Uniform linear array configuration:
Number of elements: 24
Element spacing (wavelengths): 1
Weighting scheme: exponential
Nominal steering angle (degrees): -30
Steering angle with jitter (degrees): -30.027
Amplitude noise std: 0.05
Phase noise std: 0.05

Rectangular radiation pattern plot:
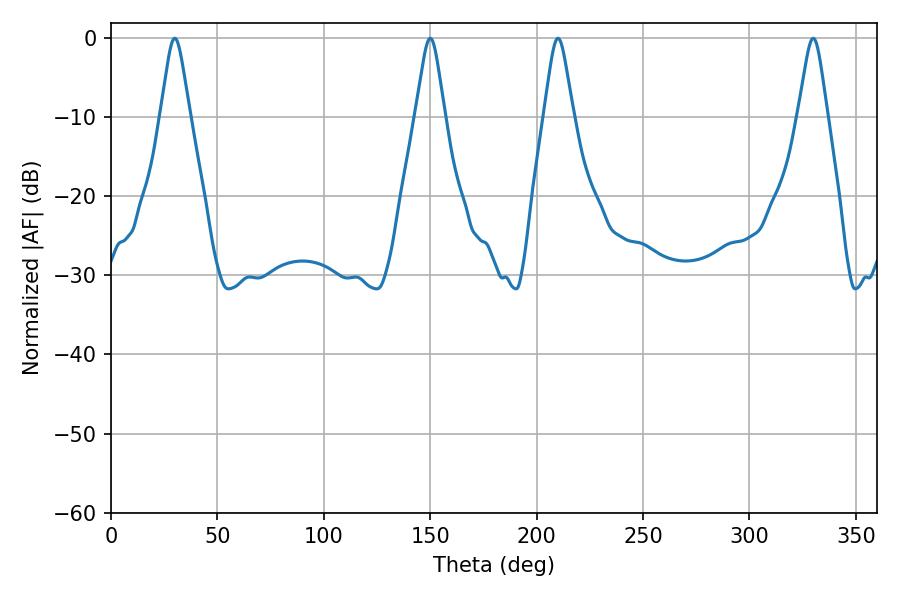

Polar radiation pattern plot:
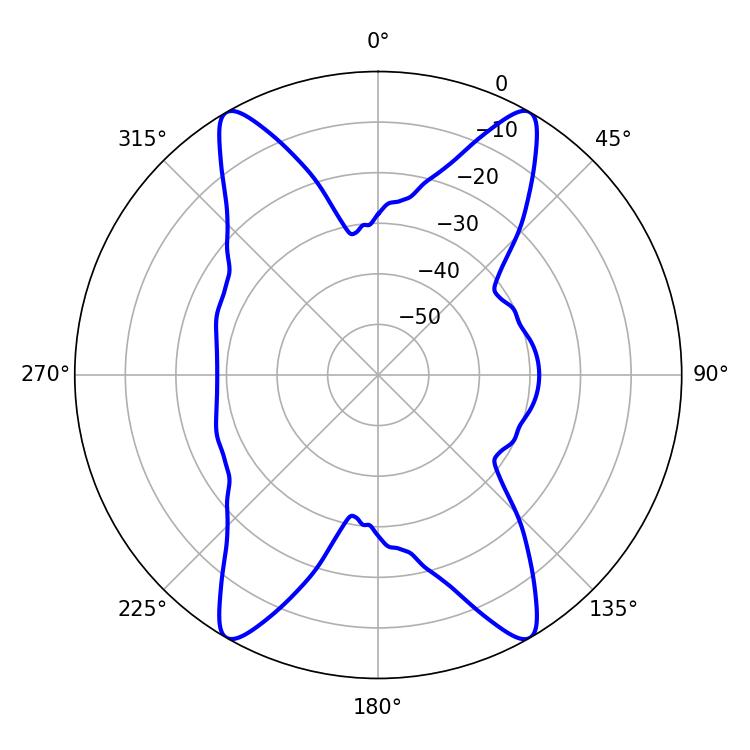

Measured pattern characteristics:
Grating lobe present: TRUE
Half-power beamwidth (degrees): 6.48
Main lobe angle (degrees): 329.94